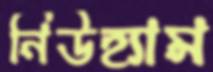
নিউহ্যাম